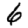
Digit: 6